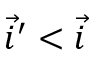
\vec { i } ^ { \prime } < \vec { i }